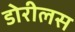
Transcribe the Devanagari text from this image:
डोरीलस